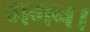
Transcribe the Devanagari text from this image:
गगन।